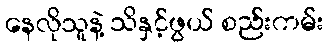
နေလိုသူနဲ့ သိနှင့်ဖွယ် စည်းကမ်း